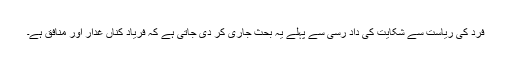
فرد کی ریاست سے شکایت کی داد رسی سے پہلے یہ بحث جاری کر دی جاتی ہے کہ فریاد کناں غدار اور منافق ہے۔